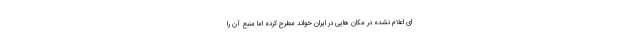
ای اعلام نشده در مکان هایی در ایران خواند مطرح کرده اما منبع آن را